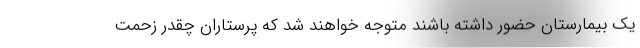
یک بیمارستان حضور داشته باشند متوجه خواهند شد که پرستاران چقدر زحمت